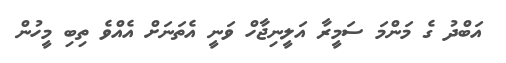
އަބްދު ގެ މަންމަ ސަމީރާ އަލީނިޖާހް ވަނީ އެތަނަށް އެއްވެ ތިބި މީހުން